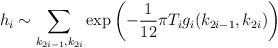
\begin{align*}h_i\sim\sum_{k_{2i-1},k_{2i}}\exp \left(-\frac{1}{12}\pi T_i g_i (k_{2i-1},k_{2i})\right)\end{align*}